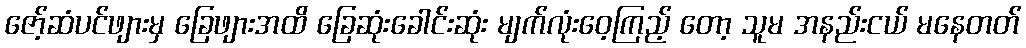
ဇော့်ဆံပင်ဖျားမှ ခြေဖျားအထိ ခြေဆုံးခေါင်းဆုံး မျက်လုံးဝေ့ကြည့် တော့ သူမ အနည်းငယ် မနေတတ်